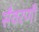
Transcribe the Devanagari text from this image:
सँवरणी